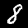
Digit: 8